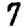
Digit: 7